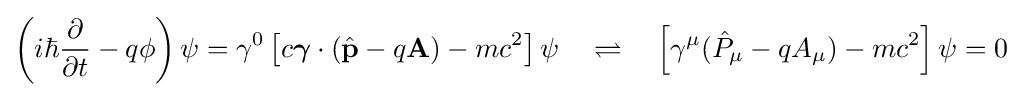
\left(i\hbar {\frac {\partial }{\partial t}}-q\phi \right)\psi =\gamma ^{0}\left[c{\boldsymbol {\gamma }}\cdot {({\hat {\mathbf {p} }}-q\mathbf {A} )}-mc^{2}\right]\psi \quad \rightleftharpoons \quad \left[\gamma ^{\mu }({\hat {P}}_{\mu }-qA_{\mu })-mc^{2}\right]\psi =0